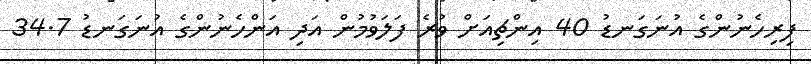
ފިރިހެނުންގެ އުނަގަނޑު 40 އިންޗިއަށް ވުރެ ފަލަވުމުން އަދި އަންހެނުންގެ އުނަގަނޑު 34.7